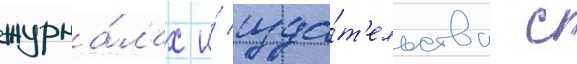
журна́лах и́ изда́т'ельства с